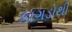
કાગડોથી